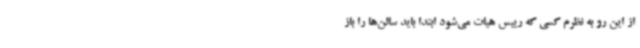
از این رو به نظرم کسی که رییس هیات می‌شود ابتدا باید سالن‌ها را باز